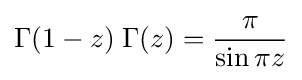
\Gamma (1-z)\;\Gamma (z)={\pi  \over \sin \pi z}